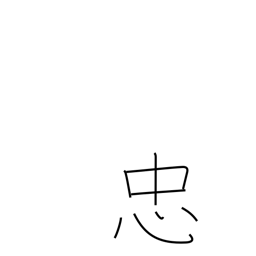
Meaning: faithfulness